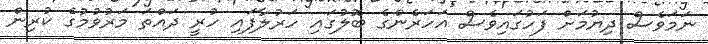
ނަމަވެސް ދިޔުމަށް ފަހުގައިވެސް އަހަރެންގެ ބޮލުގައި ހަރުލާފައި ހުރީ ދައްތަ މަރުވުމުގެ ކުރިން